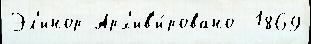
Эл'инор Арх'ив'и́ровано  1869